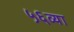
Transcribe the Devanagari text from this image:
५६व्या